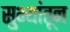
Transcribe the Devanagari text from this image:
सुभ्यांतून